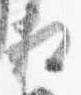
相